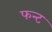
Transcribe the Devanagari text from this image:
फन्ट